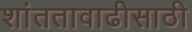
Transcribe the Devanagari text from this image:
शांततावाढीसाठी